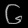
Digit: ၆